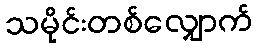
သမိုင်းတစ်လျှောက်